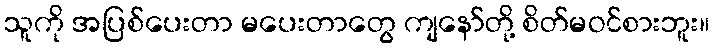
သူကို အပြစ်ပေးတာ မပေးတာတွေ ကျနော်တို့ စိတ်မဝင်စားဘူး။